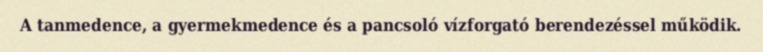
A tanmedence, a gyermekmedence és a pancsoló vízforgató berendezéssel működik.